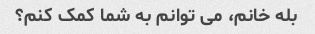
بله خانم، می توانم به شما کمک کنم؟